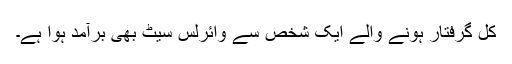
کل گرفتار ہونے والے ایک شخص سے وائرلس سیٹ بھی برآمد ہوا ہے۔